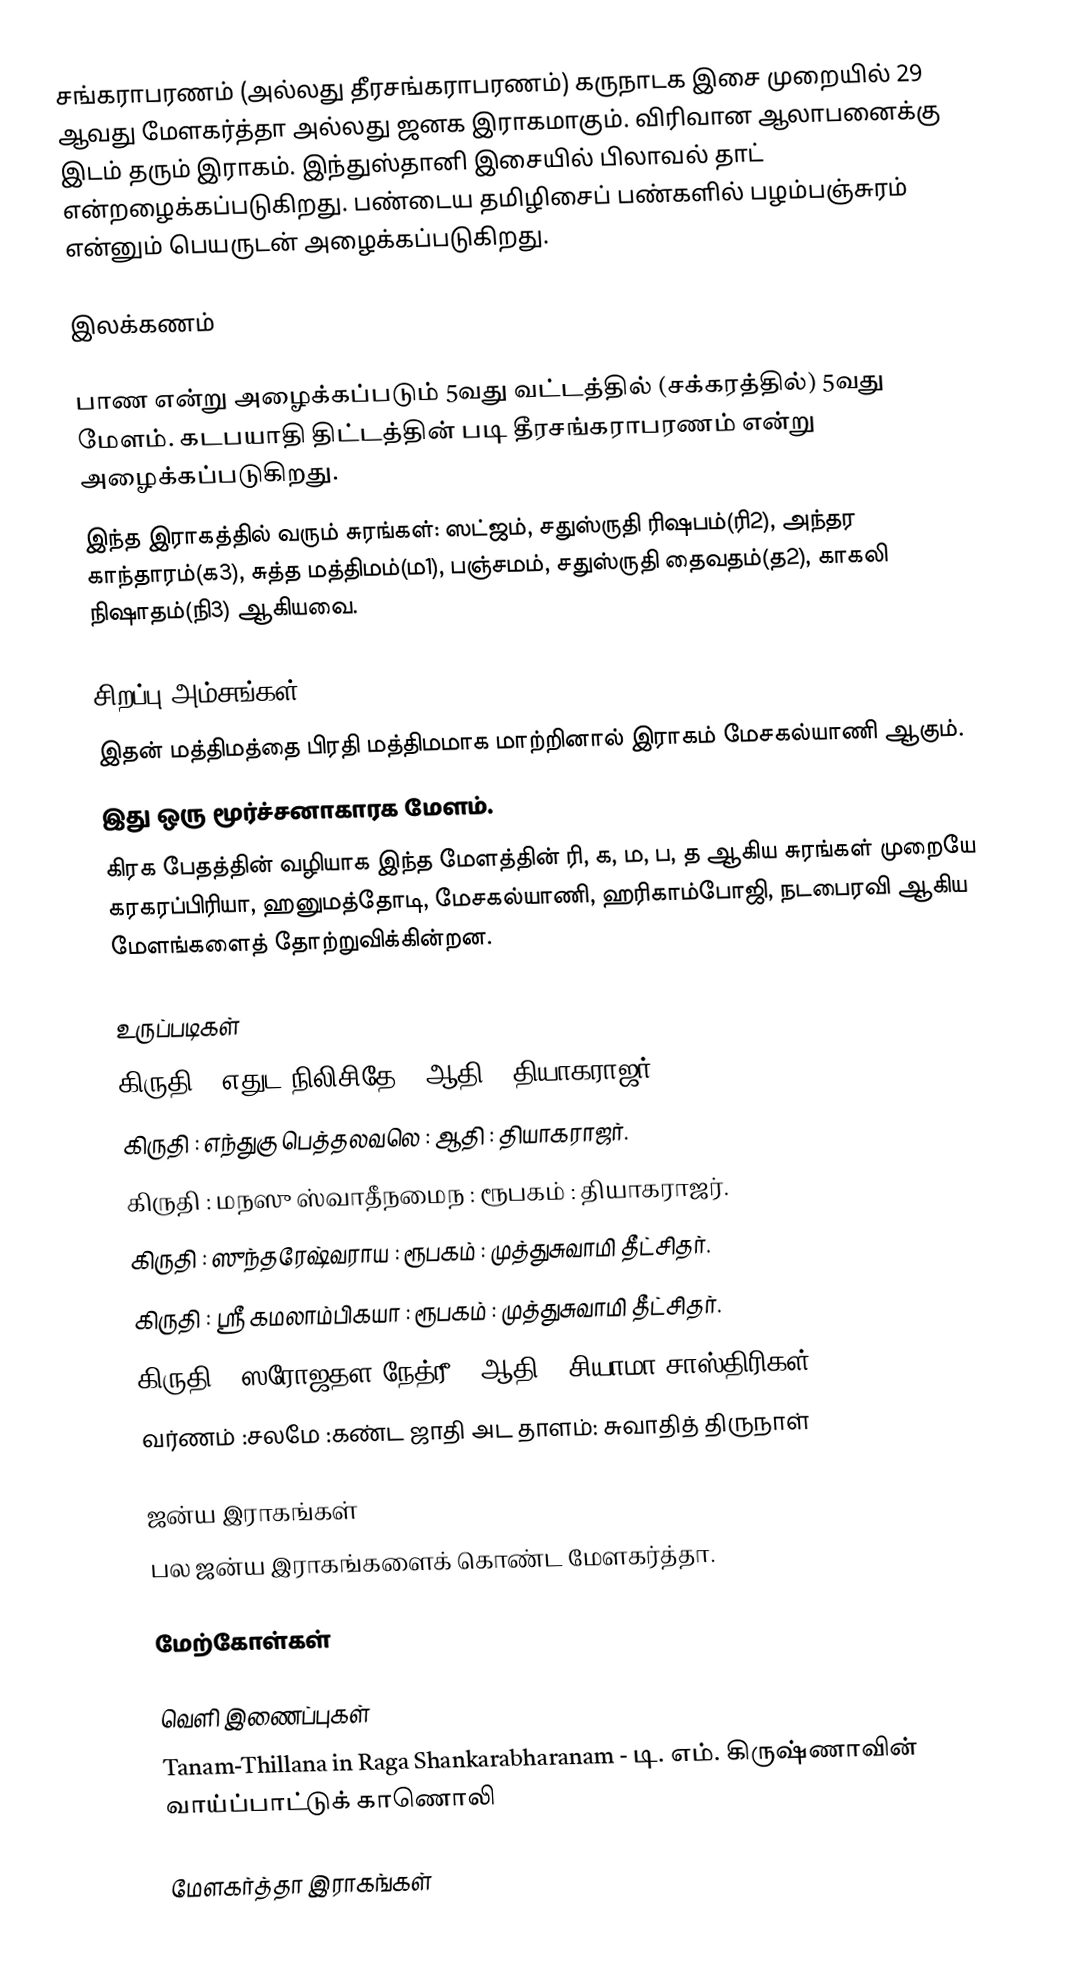
சங்கராபரணம் (அல்லது தீரசங்கராபரணம்) கருநாடக இசை முறையில் 29 ஆவது மேளகர்த்தா அல்லது ஜனக இராகமாகும். விரிவான ஆலாபனைக்கு இடம் தரும் இராகம். இந்துஸ்தானி இசையில் பிலாவல் தாட் என்றழைக்கப்படுகிறது. பண்டைய தமிழிசைப் பண்களில் பழம்பஞ்சுரம் என்னும் பெயருடன் அழைக்கப்படுகிறது.

இலக்கணம்

 பாண என்று அழைக்கப்படும் 5வது வட்டத்தில் (சக்கரத்தில்) 5வது மேளம். கடபயாதி திட்டத்தின் படி தீரசங்கராபரணம் என்று அழைக்கப்படுகிறது.
 இந்த இராகத்தில் வரும் சுரங்கள்: ஸட்ஜம், சதுஸ்ருதி ரிஷபம்(ரி2), அந்தர காந்தாரம்(க3), சுத்த மத்திமம்(ம1), பஞ்சமம், சதுஸ்ருதி தைவதம்(த2), காகலி நிஷாதம்(நி3) ஆகியவை.

சிறப்பு அம்சங்கள்
 இதன் மத்திமத்தை பிரதி மத்திமமாக மாற்றினால் இராகம் மேசகல்யாணி ஆகும்.
 இது ஒரு மூர்ச்சனாகாரக மேளம்.
 கிரக பேதத்தின் வழியாக இந்த மேளத்தின் ரி, க, ம, ப, த ஆகிய சுரங்கள் முறையே கரகரப்பிரியா, ஹனுமத்தோடி, மேசகல்யாணி, ஹரிகாம்போஜி, நடபைரவி ஆகிய மேளங்களைத் தோற்றுவிக்கின்றன.

உருப்படிகள்
கிருதி	: எதுட நிலிசிதே		: ஆதி		: தியாகராஜர்.
கிருதி		: எந்துகு பெத்தலவலெ	: ஆதி		: தியாகராஜர்.
கிருதி		: மநஸு ஸ்வாதீநமைந	: ரூபகம்	: தியாகராஜர்.
கிருதி		: ஸுந்தரேஷ்வராய	: ரூபகம்	: முத்துசுவாமி தீட்சிதர்.
கிருதி		: ஸ்ரீ கமலாம்பிகயா	: ரூபகம்	: முத்துசுவாமி தீட்சிதர்.
கிருதி		: ஸரோஜதள நேத்ரீ	: ஆதி		: சியாமா சாஸ்திரிகள்.
வர்ணம்        :சலமே                  :கண்ட ஜாதி அட தாளம்: சுவாதித் திருநாள்

ஜன்ய இராகங்கள்
 பல ஜன்ய இராகங்களைக் கொண்ட மேளகர்த்தா.

மேற்கோள்கள்

வெளி இணைப்புகள்
 Tanam-Thillana in Raga Shankarabharanam - டி. எம். கிருஷ்ணாவின் வாய்ப்பாட்டுக் காணொலி

மேளகர்த்தா இராகங்கள்